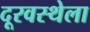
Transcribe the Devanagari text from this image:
दूरवस्थेला